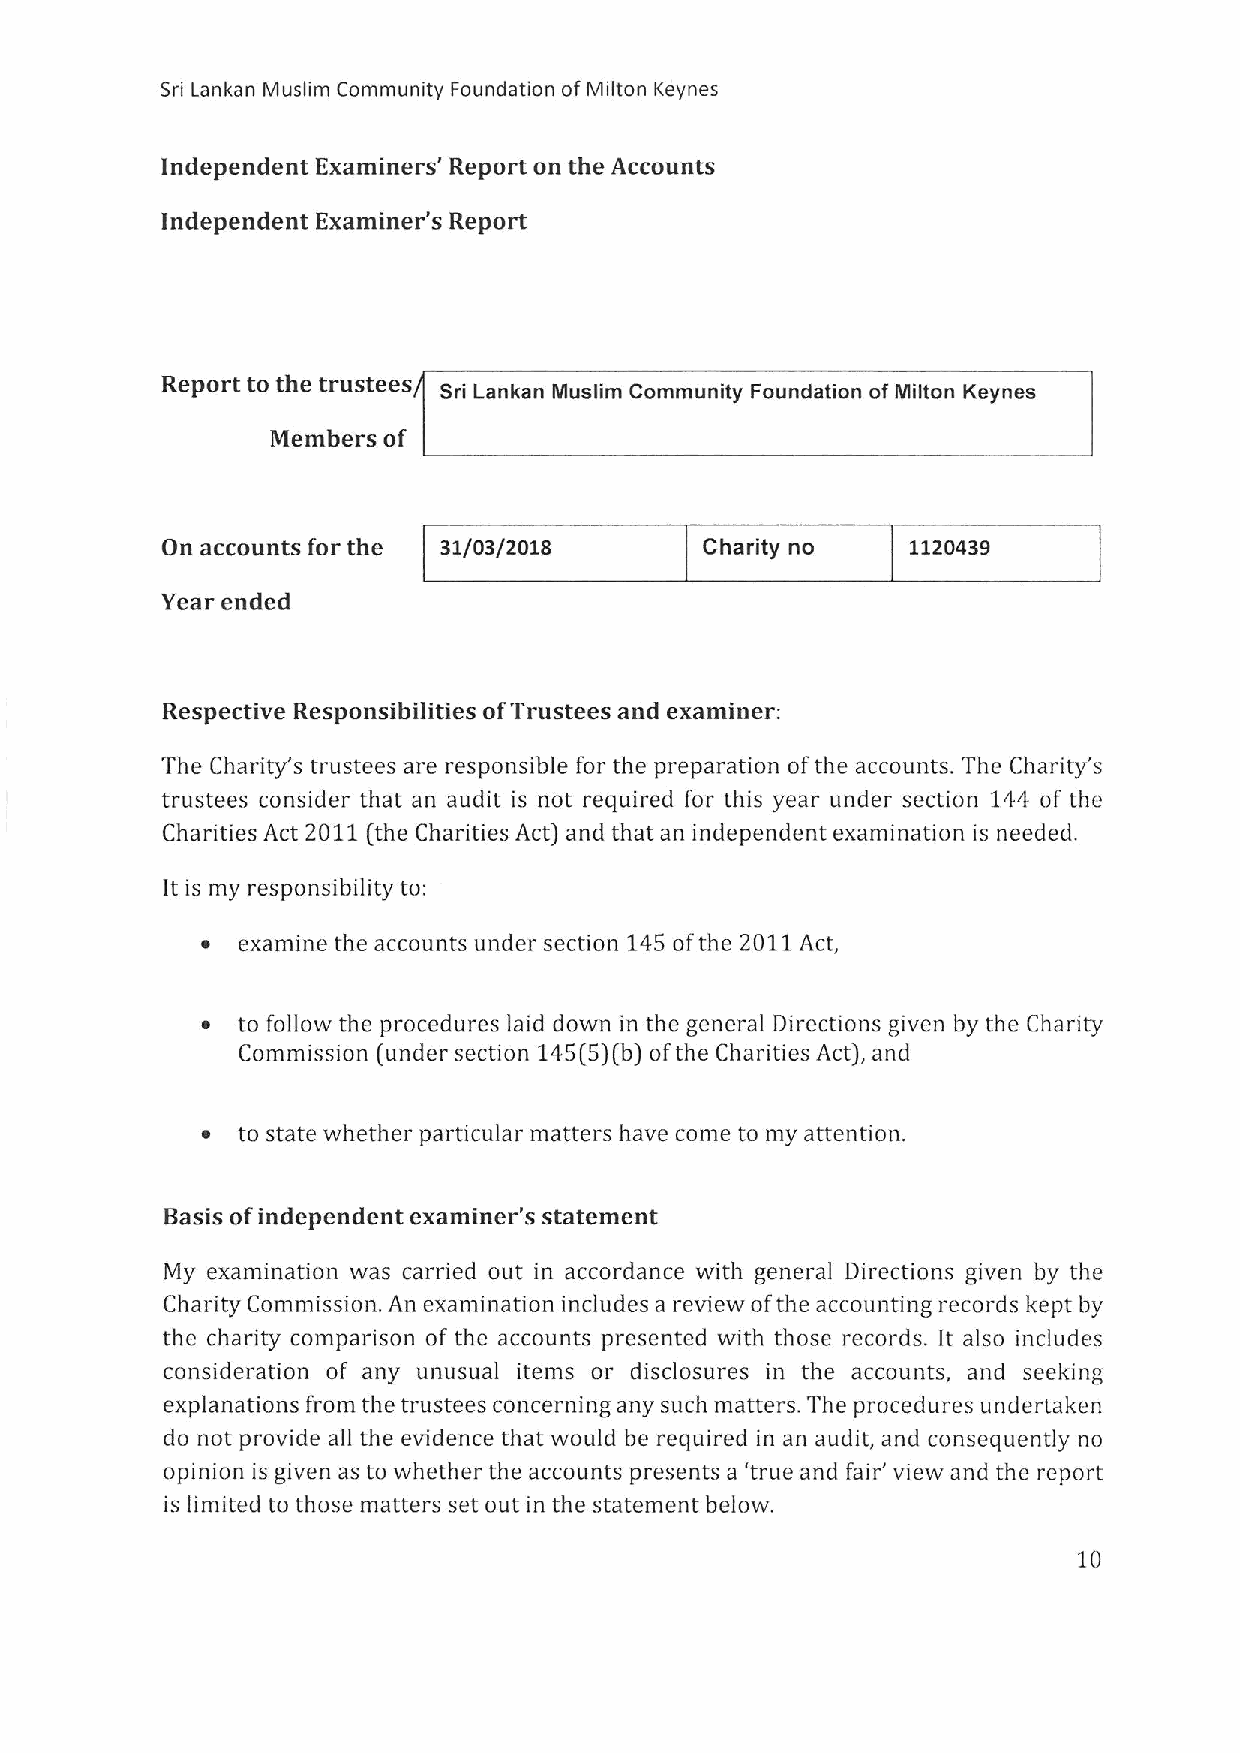
Sri Lankan Muslim Community Foundation ofMilton Keynes
 Independent Examiners' Report on the Accounts
 Independent Examiner's Report
 Report to the trustees
 Sri Lankan Muslim Community Foundation of Milton Keynes
 Members of
 On accounts for the 31/03/2018      Charity no   1120439
 Year ended
 Respective Responsibilities ofTrustees and examiner:
 The Charity's trustees are responsible for the preparation ofthe accounts. The Charity's
 trustees consider that an audit is not required for this year under section 144 of the
 Charities Act 2011(the Charities Act) and that an independent examination is needed.
 It is my responsibility to:
 ~  examine the accounts under section 145ofthe 2011Act,
 ~  to follow the procedures laid down in the general Directions given by the Charity
 Commission (under section 145(5j(b) ofthe Charities Act), and
 ~  to state whether particular matters have come to my attention.
 Basis ofindependent examiner's statement
 My examination was carried out in accordance with general Directions given by the
 Charity Commission. An examination includes a review ofthe accounting records kept by
 the charity comparison of the accounts presented with those records. It also includes
 consideration of any unusual items or disclosures in the accounts, and seeking
 explanations from the trustees concerning any such matters. The procedures undertaken
 do not provide all the evidence that would be required in an audit, and consequently no
 opinion is given as to whether the accounts presents a 'true and fair' view and the report
 is limited to those matters set out in the statement below.
 10